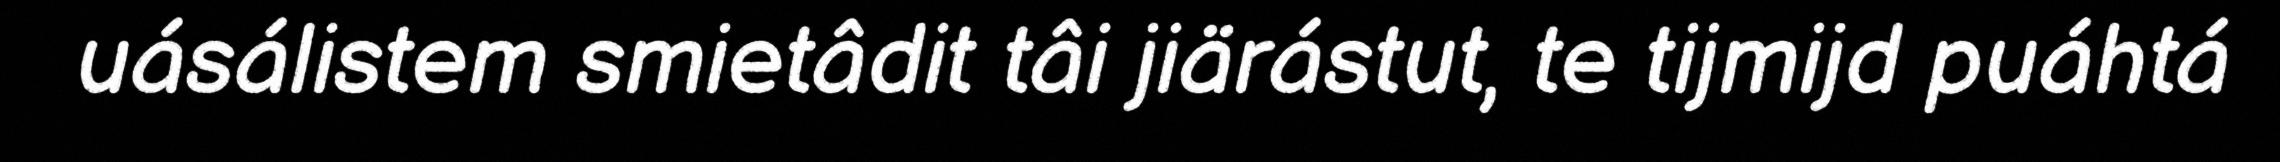
uásálistem smietâdit tâi jiärástut, te tijmijd puáhtá